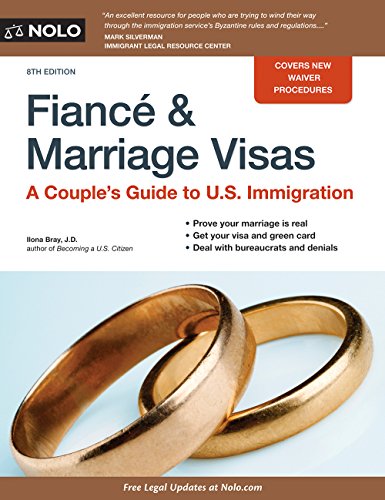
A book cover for Fiance and Marriage Visas: A Couple's Guide to U.S. Immigration; Ilona Bray JD; Law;